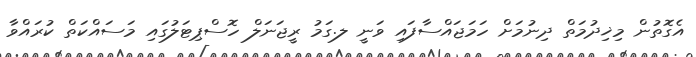
އެގޮތުން މިޚިދުމަތް ދިނުމަށް ހަމަޖައްސާފައި ވަނީ ލ.ގަމު ރީޖަނަލް ހޮސްޕިޓަލުގައި މަސައްކަތް ކުރައްވާ